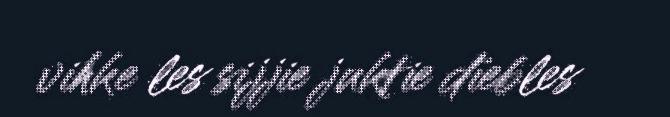
vihke les sijjie juktie dïebles